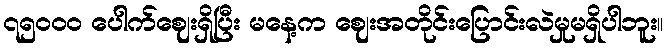
၇၅၀၀၀ ပေါက်ဈေးရှိပြီး မနေ့က ဈေးအတိုင်းပြောင်းလဲမှုမရှိပါဘူး။